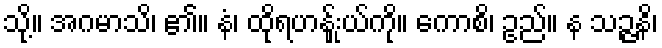
သို့။ အဂမာသိ၊ ၏။ နံ၊ ထိုရဟန်းှုယ်ကို။ ကောစိ၊ ဥည်။ န သဉ္ဇနိ၊